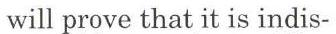
will prove that it is indis-